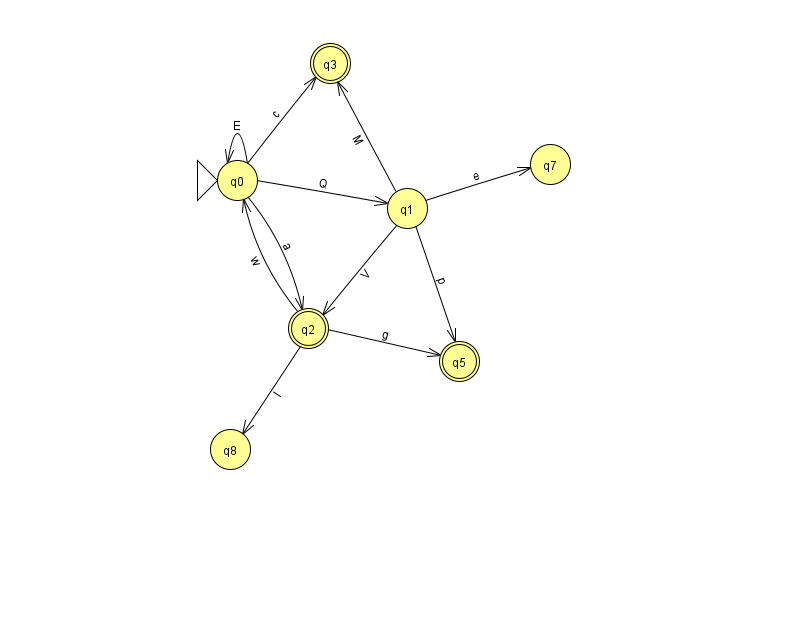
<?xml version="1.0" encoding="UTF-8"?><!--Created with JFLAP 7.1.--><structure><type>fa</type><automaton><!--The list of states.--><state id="0" name="q0"><x>237.0</x><y>167.0</y><initial/></state><state id="1" name="q1"><x>407.0</x><y>195.0</y></state><state id="2" name="q2"><x>308.0</x><y>315.0</y><final/></state><state id="3" name="q3"><x>330.0</x><y>50.0</y><final/></state><state id="5" name="q5"><x>459.0</x><y>348.0</y><final/></state><state id="7" name="q7"><x>550.0</x><y>151.0</y></state><state id="8" name="q8"><x>230.0</x><y>436.0</y></state><!--The list of transitions.--><transition><from>1</from><to>2</to><read>V</read></transition><transition><from>2</from><to>8</to><read>l</read></transition><transition><from>1</from><to>5</to><read>p</read></transition><transition><from>2</from><to>5</to><read>g</read></transition><transition><from>0</from><to>0</to><read>E</read></transition><transition><from>0</from><to>1</to><read>Q</read></transition><transition><from>2</from><to>0</to><read>w</read></transition><transition><from>1</from><to>3</to><read>M</read></transition><transition><from>1</from><to>7</to><read>e</read></transition><transition><from>0</from><to>3</to><read>c</read></transition><transition><from>0</from><to>2</to><read>a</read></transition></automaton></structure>